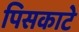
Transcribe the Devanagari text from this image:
पिसकाटे